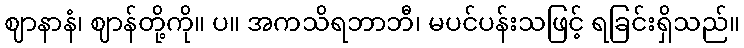
ဈာနာနံ၊ ဈာန်တို့ကို။ ပ။ အကသိရဘာဘီ၊ မပင်ပန်းသဖြင့် ရခြင်းရှိသည်။